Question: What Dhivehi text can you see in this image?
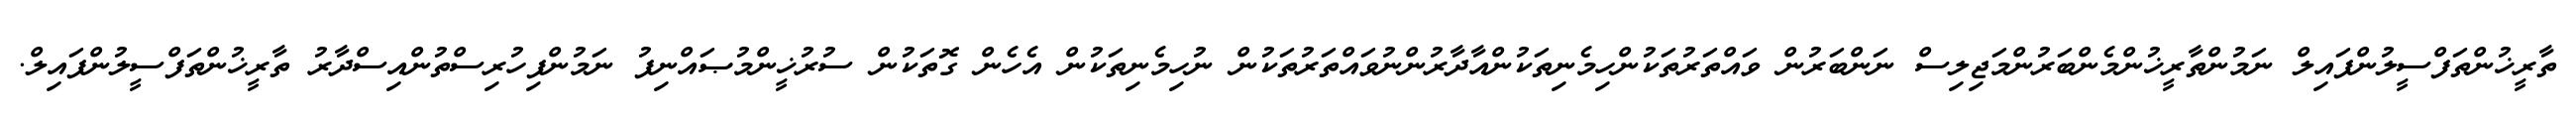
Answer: ތާރީޚުންތަފްސީލުންފައިލް ނަމުންތާރީޚުންމެންބަރުންމަޖިލިސް ނަންބަރުން ވައްތަރުތަކުންހިމެނިތަކުންއާދާރުންނުވައްތަރުތަކުން ނުހިމެނިތަކުން އެހެން ގޮތަކުން ސުރުޚީންމުޞައްނިފު ނަމުންފިހުރިސްތުންއިސްދާރު ތާރީޚުންތަފްސީލުންފައިލް.